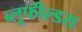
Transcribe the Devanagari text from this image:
ब्लूफील्डस